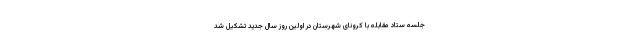
جلسه ستاد مقابله با کرونای شهرستان در اولین روز سال جدید تشکیل شد